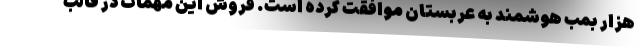
هزار بمب هوشمند به عربستان موافقت کرده است. فروش این مهمات در قالب